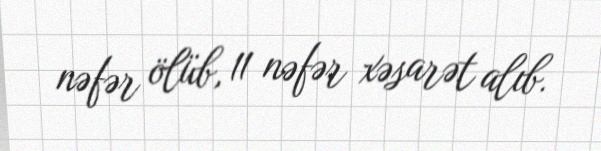
nəfər ölüb, 11 nəfər xəsarət alıb.